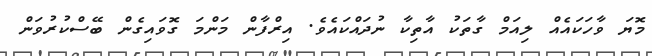
މޮޔަ ވާހަކައެއް ލިއަމް ގާތަކު އާތިކާ ނުދައްކައެވެ. އިރްފާން މަންމަ ގޮވައިގެން ބޭސްކުރުވަން